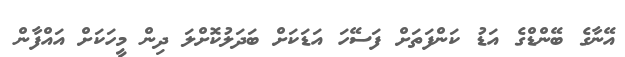
އޭނާގެ ބޭންޑްގެ އަޑު ކަންފަތަށް ފަސޭހަ އަޑަކަށް ބަދަލުކޮށްލަ ދިން މީހަކަށް އައްފާން